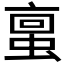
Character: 𫢀